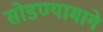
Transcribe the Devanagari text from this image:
सोडण्यामागे